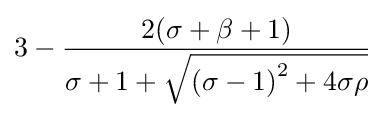
3-{\frac {2(\sigma +\beta +1)}{\sigma +1+{\sqrt {\left(\sigma -1\right)^{2}+4\sigma \rho }}}}